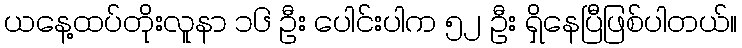
ယနေ့ထပ်တိုးလူနာ ၁၆ ဦး ပေါင်းပါက ၅၂ ဦး ရှိနေပြီဖြစ်ပါတယ်။